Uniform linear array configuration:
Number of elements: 8
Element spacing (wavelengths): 0.5
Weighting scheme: hann
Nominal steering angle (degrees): -30
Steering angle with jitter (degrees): -30.31
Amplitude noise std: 0.05
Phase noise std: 0.05

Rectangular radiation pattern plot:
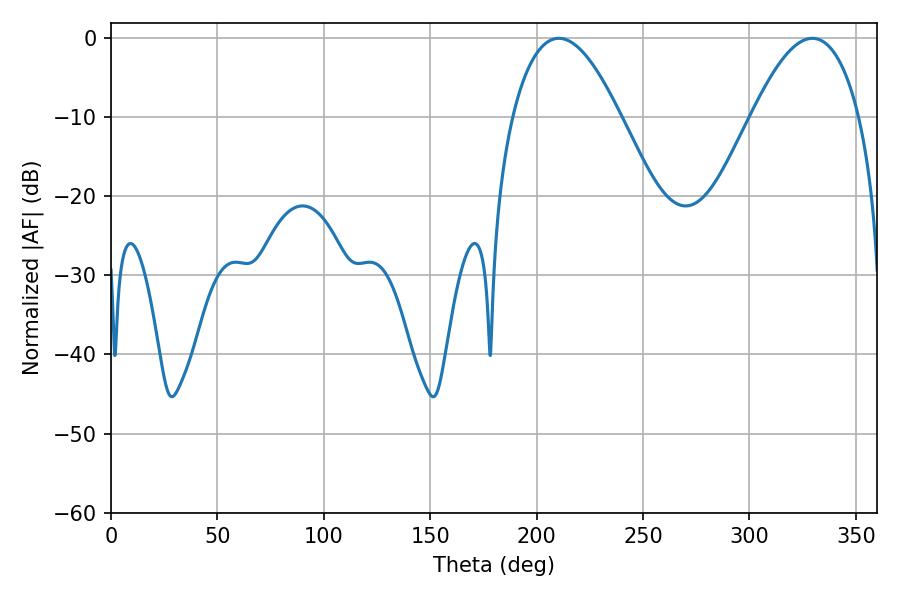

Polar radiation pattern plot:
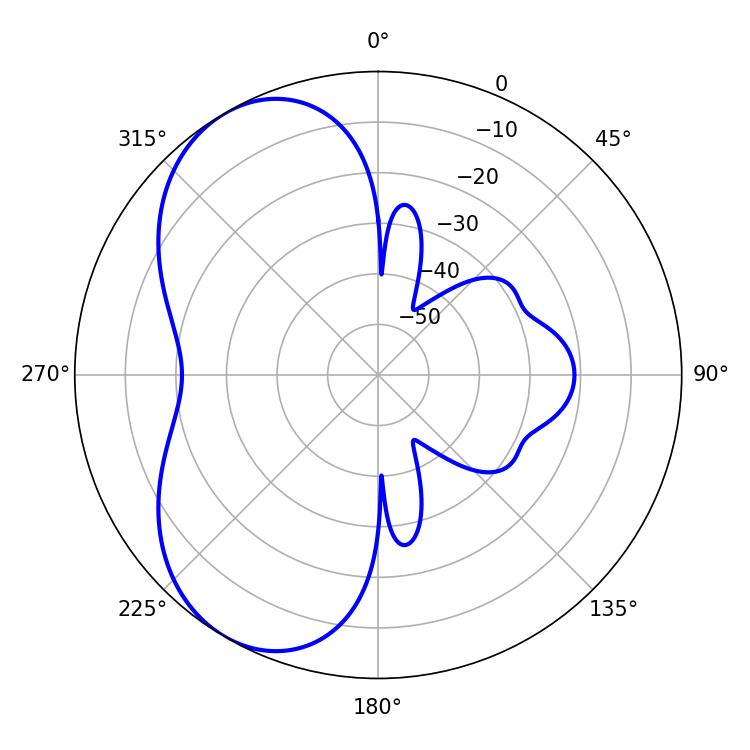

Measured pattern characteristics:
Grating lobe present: FALSE
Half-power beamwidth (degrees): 27.72
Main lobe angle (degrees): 210.42